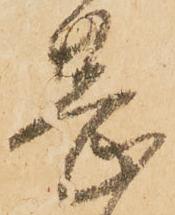
甚